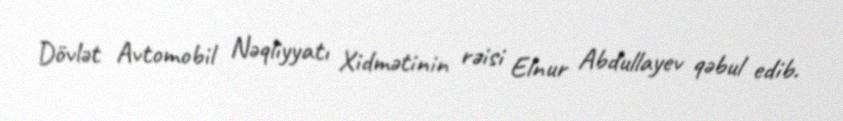
Dövlət Avtomobil Nəqliyyatı Xidmətinin rəisi Elnur Abdullayev qəbul edib.